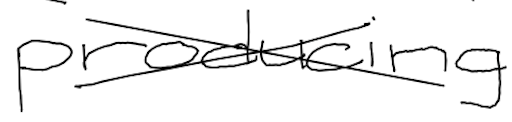
Text: producing
Cross-out: cross
Writing tool: digital_black